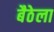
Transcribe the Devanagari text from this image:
बैठेला